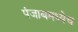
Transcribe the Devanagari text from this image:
पंजाबमध्येच